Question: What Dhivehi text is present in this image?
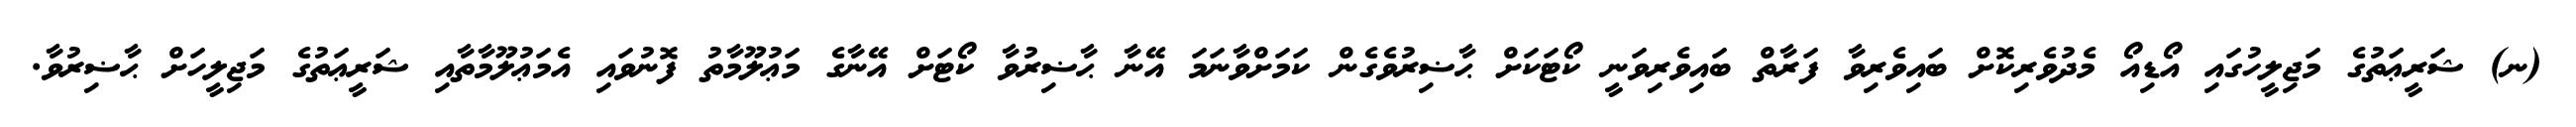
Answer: (ނ) ޝަރީޢަތުގެ މަޖިލީހުގައި އޯޑިއޯ މެދުވެރިކޮށް ބައިވެރިވާ ފަރާތް ބައިވެރިވަނީ ކޯޓަކަށް ޙާޟިރުވެގެން ކަމަށްވާނަމަ އޭނާ ޙާޟިރުވާ ކޯޓަށް އޭނާގެ މަޢުލޫމާތު ފޮނުވައި އެމަޢުލޫމާތާއި ޝަރީޢަތުގެ މަޖިލީހަށް ޙާޟިރުވާ.